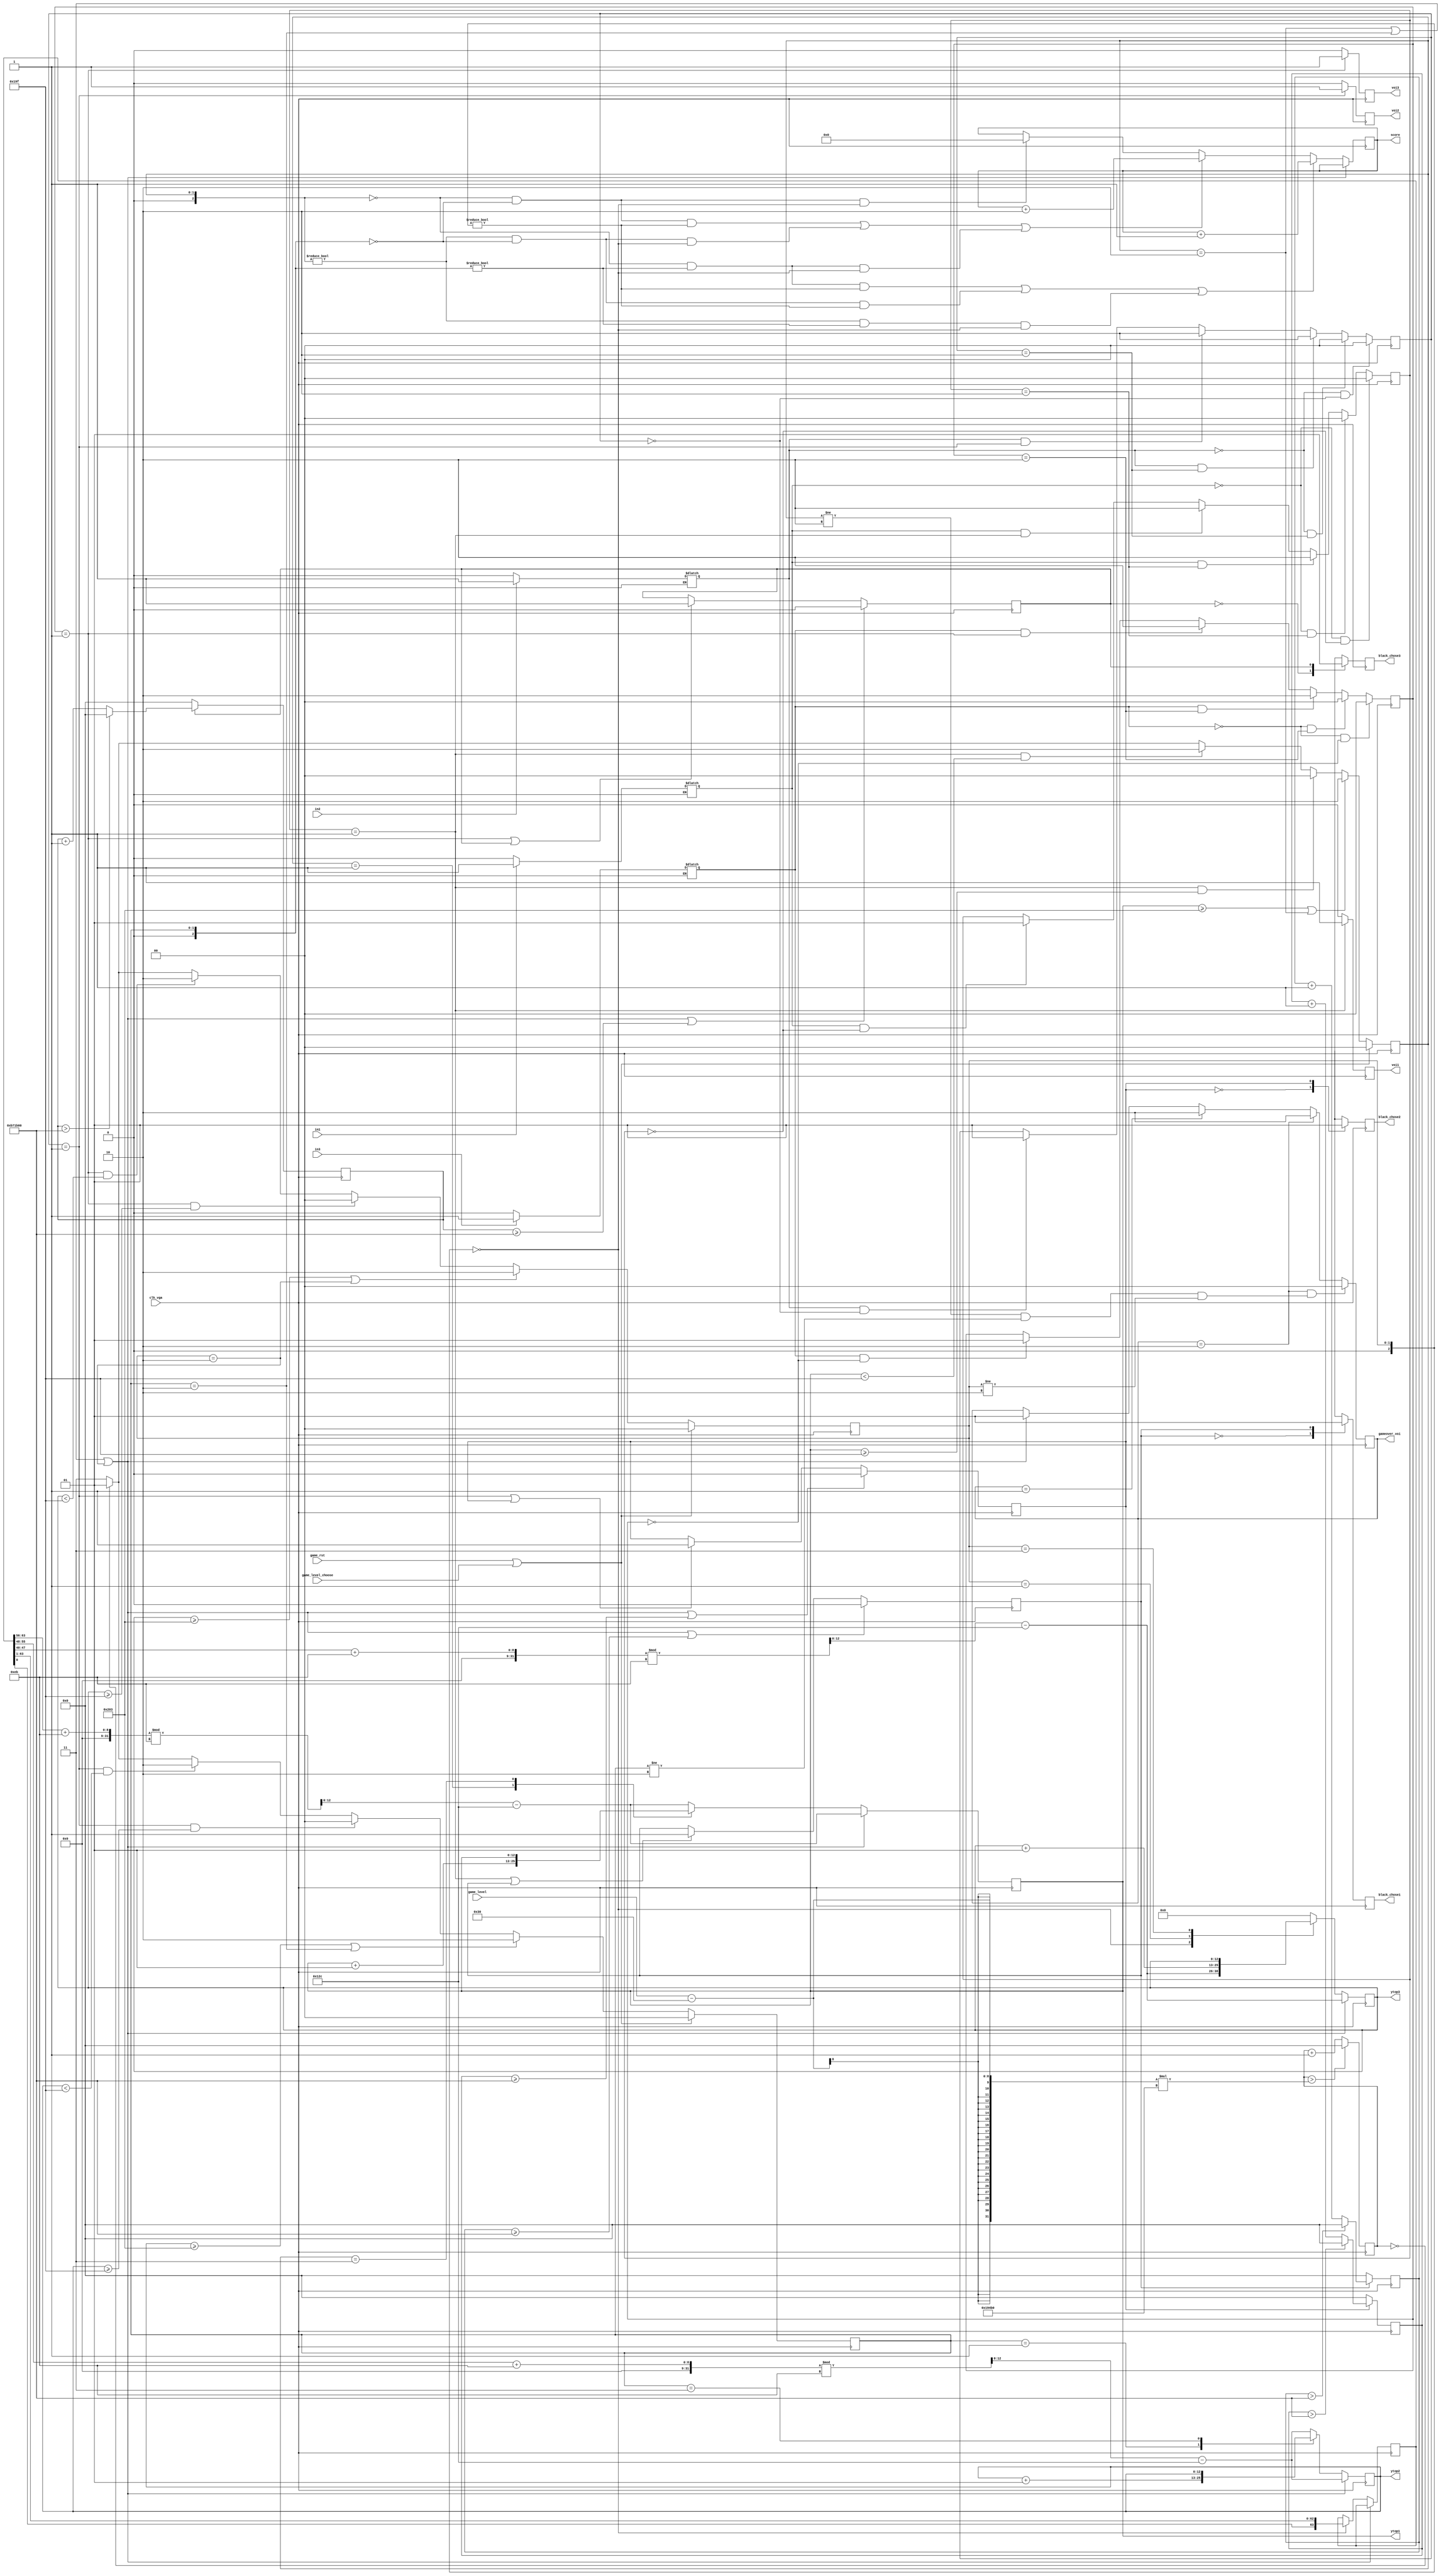
module y_top_state(
    input clk_vga,//25M
    input in1,//3
    input in2,
    input in3,
    input game_rst,//
    input [7:0]game_level,//
    input game_level_choose,//
    output [12:0] ytop1,//3
    output [12:0] ytop2,
    output [12:0] ytop3,
    output reg black_chose1,//
    output reg black_chose2,
    output reg black_chose3,
    output [13:0]score,//
    output reg [1:0]gameover_voi=0,//4
    output reg voi1=0,
    output reg voi2=0,
    output reg voi3=0
);
reg signed[12:0]yt1;
reg signed[12:0]yt2;
reg signed[12:0]yt3;

reg [28:0]count=0;

reg [2:0]sta1=2;//3y
reg [2:0]sta2=2;
reg [2:0]sta3=2;

reg in1t=0;//
reg in2t=0;
reg in3t=0;

reg [1:0]in1u=0;
reg [1:0]in2u=0;
reg [1:0]in3u=0;

reg b_c_sta1=0;//
reg [28:0]b_c_count1=0;//
reg b_c_sta2=0;
reg [28:0]b_c_count2=0;
reg b_c_sta3=0;
reg [28:0]b_c_count3=0;

reg [13:0]rescore=0;//

reg [63:0]random_top=64'h82cb49afde7982c6;//y
always @(in1)
begin
    if(in1==0)
        in1t<=0;
    if(in1==1)
        in1t<=1;
end

always @(in2)
begin
    if(in2==0)
        in2t<=0;
    if(in2==1)
        in2t<=1;
end

always @(in3)
begin
    if(in3==0)
        in3t<=0;
    if(in3==1)
        in3t<=1;
end

always @(posedge clk_vga)
begin
    if(in1t==1&&in1u==0)
        in1u<=1;
    if(in1t==1&&in1u==1)
        in1u<=2;
    if(in1t==1&&in1u==2)
        in1u<=2;
    if(in1t==0&&in1u==2)
        in1u<=0;
    if(in1t==0&&in1u==0)
        in1u<=0;
end

always @(posedge clk_vga)
begin
    if(in2t==1&&in2u==0)
        in2u<=1;
    if(in2t==1&&in2u==1)
        in2u<=2;
    if(in2t==1&&in2u==2)
        in2u<=2;
    if(in2t==0&&in2u==2)
        in2u<=0;
    if(in2t==0&&in2u==0)
        in2u<=0;
end

always @(posedge clk_vga)
begin
    if(in3t==1&&in3u==0)
        in3u<=1;
    if(in3t==1&&in3u==1)
        in3u<=2;
    if(in3t==1&&in3u==2)
        in3u<=2;
    if(in3t==0&&in3u==2)
        in3u<=0;
    if(in3t==0&&in3u==0)
        in3u<=0;
end

always@ (posedge clk_vga)
begin
    count<=count+1;
    if(count>((game_level-48)*103600))//(game_level-48)))307200
    begin
        count<=0;
    end
end

always @(posedge clk_vga) 
begin
    if(game_rst||game_level_choose)
    begin
        sta1<=0;
    end
    else
    begin
        if(yt1>=515||sta1==2)
        begin
            sta1<=2;
        end
        else
        begin
            if(in1u==1&&yt1>=415)
                sta1<=0;
            else
            begin
                if(in1u==1&&yt1<415)
                begin
                    sta1<=2;
                end
                else
                begin
                if(count==0)
                    sta1<=1;
                else
                    sta1<=3;
                end
            end
        end
    end    
end

always @(posedge clk_vga) 
begin
    if(game_rst||game_level_choose)
    begin
        sta2<=0;
    end
    else
    begin
        if(yt2>=515||sta2==2)
        begin
            sta2<=2;
        end
        else
        begin
            if(in2u==1&&yt2>=415)
                sta2<=0;
            else
            begin
                if(in2u==1&&yt2<415)
                begin
                    sta2<=2;
                end
                else
                begin
                if(count==0)
                    sta2<=1;
                else
                    sta2<=3;
                end
            end
        end
    end    
end

always @(posedge clk_vga) 
begin
    if(game_rst||game_level_choose)
    begin
        sta3<=0;
    end
    else
    begin
        if(yt3>=515||sta3==2)
        begin
            sta3<=2;
        end
        else
        begin
            if(in3u==1&&yt3>=415)
                sta3<=0;
            else
            begin
                if(in3u==1&&yt3<415)
                begin
                    sta3<=2;
                end
                else
                begin
                    if(count==0)
                        sta3<=1;
                    else
                        sta3<=3;
                end
            end
            
        end
    end    
end


always @(posedge clk_vga) 
begin
    if(sta1==2||sta2==2||sta3==2)
    begin
        yt1<=(random_top[63:56]+235)%235-300;//({$random} %235)-200;
        yt2<=(random_top[55:48]+235)%235-300;
        yt3<=(random_top[47:40]+235)%235-300;
        //rescore<=0;
    end
    else
    begin
        if((sta1==0&&sta2!=0&&sta3!=0)||(sta1!=0&&sta2==0&&sta3!=0)||(sta1!=0&&sta2!=0&&sta3==0))
        begin
            rescore<=rescore+1;
        end
        else if((sta1==0&&sta2==0&&sta3!=0)||(sta1!=0&&sta2==0&&sta3==0)||(sta1==0&&sta2!=0&&sta3==0))
            rescore<=rescore+2;
        else if(sta1==0&&sta2==0&&sta3==0)
            rescore<=0;//rescore+3;
        
        case (sta1)
        0:
        begin
            yt1<=(random_top[63:56]+235)%235-300;
        end
        1:
        begin
            yt1<=yt1+1;
        end
        3:
        begin
            yt1<=yt1;
        end
        default:
            yt1<=(random_top[63:56]+235)%235-300;
        endcase

        case (sta2)
        0:
        begin
            yt2<=(random_top[55:48]+235)%235-300;
        end
        1:
        begin
            yt2<=yt2+1;
        end
        3:
        begin
            yt2<=yt2;
        end
        default:
            yt2<=(random_top[55:48]+235)%235-300;
        endcase

        case (sta3)
        0:
        begin
            yt3<=(random_top[47:40]+235)%235-300;
            random_top={random_top[0],random_top[63:1]};
        end
        1:
        begin
            yt3<=yt3+1;
        end
        3:
        begin
            yt3<=yt3;
        end
        default:
            yt3<=0;
        endcase
    end
end

always @(posedge clk_vga)
begin
    if(sta1==2||sta2==2||sta3==2||b_c_count1>=12000000)
    begin
        b_c_sta1<=0;
    end
    else
    begin
        if(in1u==1||b_c_sta1==1)
        begin
            b_c_sta1<=1;
        end
    end
end

always @(posedge clk_vga)
begin
    if(b_c_sta1==0)
    begin
        b_c_count1<=0;
    end
    else
    begin
        if(b_c_sta1==1)
        begin
            b_c_count1<=b_c_count1+1;
            if(b_c_count1>12000000)
            begin
                b_c_count1<=0;
            end
        end
    end
end

always @(posedge clk_vga)
begin
    case(b_c_sta1)
    0:
    begin
        black_chose1<=0;
    end
    1:
    begin
        black_chose1<=1;
    end
    endcase
end
////
always @(posedge clk_vga)
begin
    if(sta1==2||sta2==2||sta3==2||b_c_count2>=12000000)
    begin
        b_c_sta2<=0;
    end
    else
    begin
        if(in2u==1||b_c_sta2==1)
        begin
            b_c_sta2<=1;
        end
    end
end

always @(posedge clk_vga)
begin
    if(b_c_sta2==0)
    begin
        b_c_count2<=0;
    end
    else
    begin
        if(b_c_sta2==1)
        begin
            b_c_count2<=b_c_count2+1;
            if(b_c_count2>12000000)
            begin
                b_c_count2<=0;
            end
        end
    end
end

always @(posedge clk_vga)
begin
    case(b_c_sta2)
    0:
    begin
        black_chose2<=0;
    end
    1:
    begin
        black_chose2<=1;
    end
    endcase
end

always @(posedge clk_vga)
begin
    if(sta1==2||sta2==2||sta3==2||b_c_count3>=12000000)
    begin
        b_c_sta3<=0;
    end
    else
    begin
        if(in3u==1||b_c_sta3==1)
        begin
            b_c_sta3<=1;
        end
    end
end

always @(posedge clk_vga)
begin
    if(b_c_sta3==0)
    begin
        b_c_count3<=0;
    end
    else
    begin
        if(b_c_sta3==1)
        begin
            b_c_count3<=b_c_count3+1;
            if(b_c_count3>12000000)
            begin
                b_c_count3<=0;
            end
        end
    end
end

always @(posedge clk_vga)
begin
    case(b_c_sta3)
    0:
    begin
        black_chose3<=0;
    end
    1:
    begin
        black_chose3<=1;
    end
    endcase
end

always @(posedge clk_vga) 
begin
    if(gameover_voi==2&&(sta1!=2&&sta2!=2&&sta3!=2))
        gameover_voi<=0;
    else if(gameover_voi==2)
        gameover_voi<=2;
    else if(gameover_voi==1)
        gameover_voi<=2;
    else if(sta1==2||sta2==2||sta3==2)
        gameover_voi<=1;

        if(in1u==1)
            voi1<=1;
        else
            voi1<=0;
        if(in2u==1)
            voi2<=1;
        else
            voi2<=0;
        if(in3u==1)
            voi3<=1;
        else
            voi3<=0;
    
end

assign score = rescore;
assign ytop1 = yt1;
assign ytop2 = yt2;
assign ytop3 = yt3;
endmodule